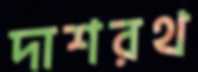
দাশরথ